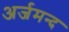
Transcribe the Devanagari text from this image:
अर्जमन्द